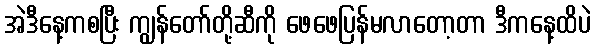
အဲဒီနေ့ကစပြီး ကျွန်တော်တို့ဆီကို ဖေဖေပြန်မလာတော့တာ ဒီကနေ့ထိပဲ